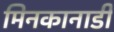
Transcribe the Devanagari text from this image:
मिनकानाडी